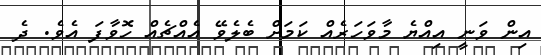
އިން ވަނީ އިއްޔެ މާވަހަރެއް ކަމަށް ބެލެވޭ އެއްޗެއް ހޮވާފަ އެވެ. ދެ